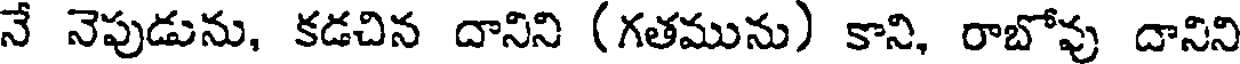
నే నెపుడును, కడచిన దానిని (గతమును) కాని, రాబోవు దానిని